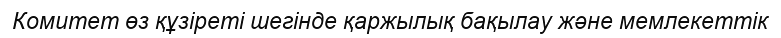
Комитет өз құзіреті шегінде қаржылық бақылау және мемлекеттік